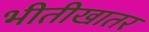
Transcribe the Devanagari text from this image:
भीतीखातर